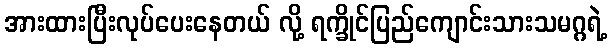
အားထားပြီးလုပ်ပေးနေတယ် လို့ ရက္ခိုင်ပြည်ကျောင်းသားသမဂ္ဂရဲ့